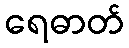
ရေဓာတ်